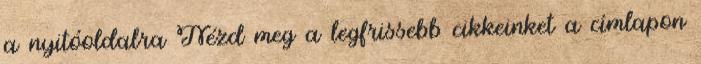
a nyitóoldalra Nézd meg a legfrissebb cikkeinket a címlapon